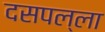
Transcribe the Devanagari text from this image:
दसपल्ला